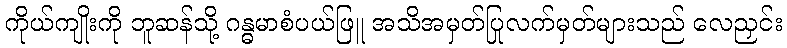
ကိုယ်ကျိုးကို ဘူဆန်သို့ ဂန္ဓမာစံပယ်ဖြူ အသိအမှတ်ပြုလက်မှတ်များသည် လေညှင်း